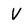
Character: V